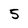
Character: 5